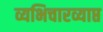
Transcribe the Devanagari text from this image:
व्यभिचारव्याप्त